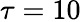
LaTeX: \tau=10